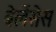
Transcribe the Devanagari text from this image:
बेलेंसेस